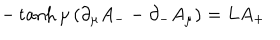
- \tanh \mu \left( \partial _ { \mu } A _ { - } - \partial _ { - } A _ { \mu } \right) = L A _ { + }